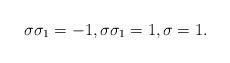
LaTeX: \begin{align*}\sigma \sigma_1 = -1, \sigma \sigma_1 = 1, \sigma = 1.\end{align*}